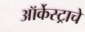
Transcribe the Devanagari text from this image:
ऑर्केस्ट्राचे